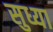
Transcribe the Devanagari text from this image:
सुध्या